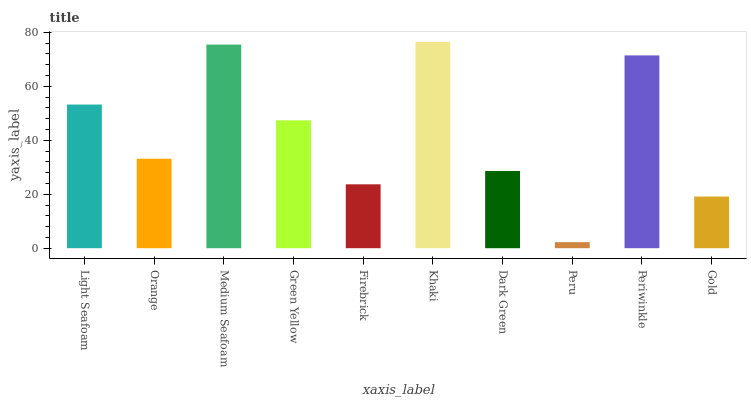
| xaxis_label | bars |
 | --- | --- |
 | Light Seafoam | 53.2 |
 | Orange | 33.2 |
 | Medium Seafoam | 75.5 |
 | Green Yellow | 47.4 |
 | Firebrick | 23.7 |
 | Khaki | 76.5 |
 | Dark Green | 28.6 |
 | Peru | 2.24 |
 | Periwinkle | 71.4 |
 | Gold | 19.1 |